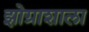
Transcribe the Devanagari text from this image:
झोग्राशाला